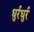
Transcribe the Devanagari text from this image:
धुर्रधुर्र